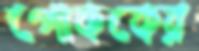
পোককের